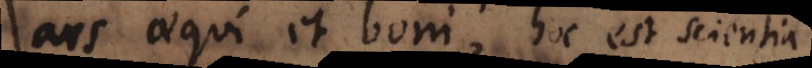
ars aequi et boni, hoc est scientia